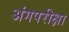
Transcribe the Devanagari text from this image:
अंगपरीक्षा